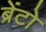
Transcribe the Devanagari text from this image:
ब्रेंटो